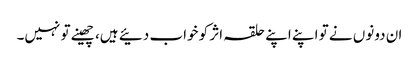
ان دونوں نے تو اپنے اپنے حلقہ اثر کو خواب دئیے ہیں، چھینے تو نہیں۔